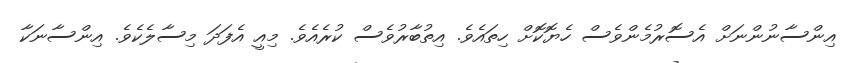
އިންސާނުންނަށް އެސޮރުމެންވެސް ހެޔޮކޮށް ހިތައެވެ. އިތުބާރުވެސް ކުރެއެވެ. މިއީ އެފަދަ މިސާލެކެވެ. އިންސާނަކާ